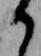
か